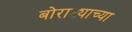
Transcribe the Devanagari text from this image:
बोराट्याच्या